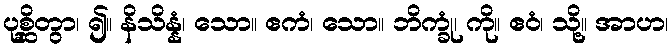
ပုစ္ဆိတွာ၊ ၍။ နိသိန္နံ၊ သော။ ဧကံ၊ သော။ ဘိက္ခုံ၊ ကို။ ဧဝံ၊ သို့။ အာဟ၊